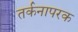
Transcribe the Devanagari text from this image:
तर्कनापरक